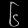
Digit: ၆